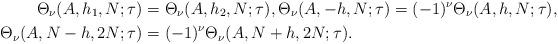
LaTeX: \begin{align*}\Theta_\nu(A,h_1,N;\tau)&=\Theta_\nu(A,h_2,N;\tau), \Theta_\nu(A,-h,N;\tau)=(-1)^\nu\Theta_\nu(A,h,N;\tau),\\ \Theta_\nu(A,N-h,2N;\tau) &=(-1)^\nu \Theta_\nu(A,N+h,2N;\tau). \end{align*}